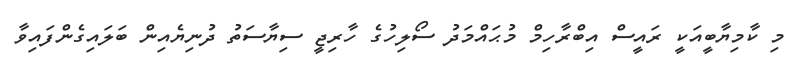
މި ކާމިޔާބީއަކީ ރައީސް އިބްރާހިމް މުޙައްމަދު ސޯލިހުގެ ހާރިޖީ ސިޔާސަތު ދުނިޔެއިން ބަލައިގެންފައިވާ